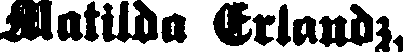
Matilda Erlandz,